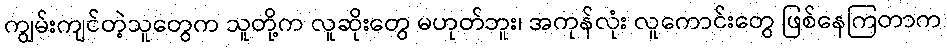
ကျွမ်းကျင်တဲ့သူတွေက သူတို့က လူဆိုးတွေ မဟုတ်ဘူး၊ အကုန်လုံး လူကောင်းတွေ ဖြစ်နေကြတာက